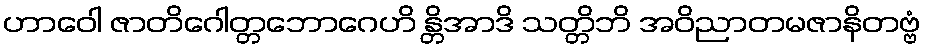
ဟာဝေါ ဇာတိဂေါတ္တဘောဂေဟိ န္တိအာဒိ သတ္တိဘိ အဝိညာတမဇာနိတဗ္ဗံ